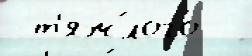
 т'яж́лого